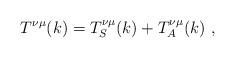
LaTeX: \begin{align*}T^{\nu \mu}(k)=T^{\nu \mu}_S(k)+T^{\nu \mu}_A(k)\,\,,\end{align*}